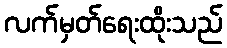
လက်မှတ်ရေးထိုးသည်